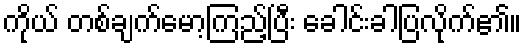
ကိုယ် တစ်ချက်မော့ကြည့်ပြီး ခေါင်းခါပြလိုက်၏။